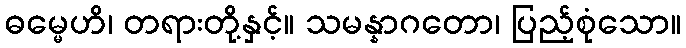
ဓမ္မေဟိ၊ တရားတို့နှင့်။ သမန္နာဂတော၊ ပြည့်စုံသော။